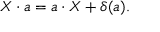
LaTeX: X \cdot a = a \cdot X + \delta ( a ) .